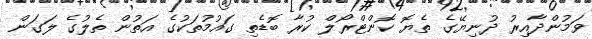
ވަމުންދާއިރު ދުނިޔޭގެ ތެޔޮ ކޮންޓްރޯލް ކުރާ ބޮޑެތި ގައުމުތަކުގެ އަތުން ތެލުގެ ލަގަން